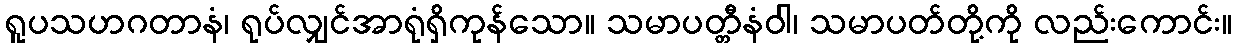
ရူပသဟဂတာနံ၊ ရုပ်လျှင်အာရုံရှိကုန်သော။ သမာပတ္တီနံဝါ၊ သမာပတ်တို့ကို လည်းကောင်း။